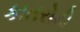
કાતરોડી